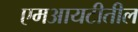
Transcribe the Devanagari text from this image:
एमआयटीतील